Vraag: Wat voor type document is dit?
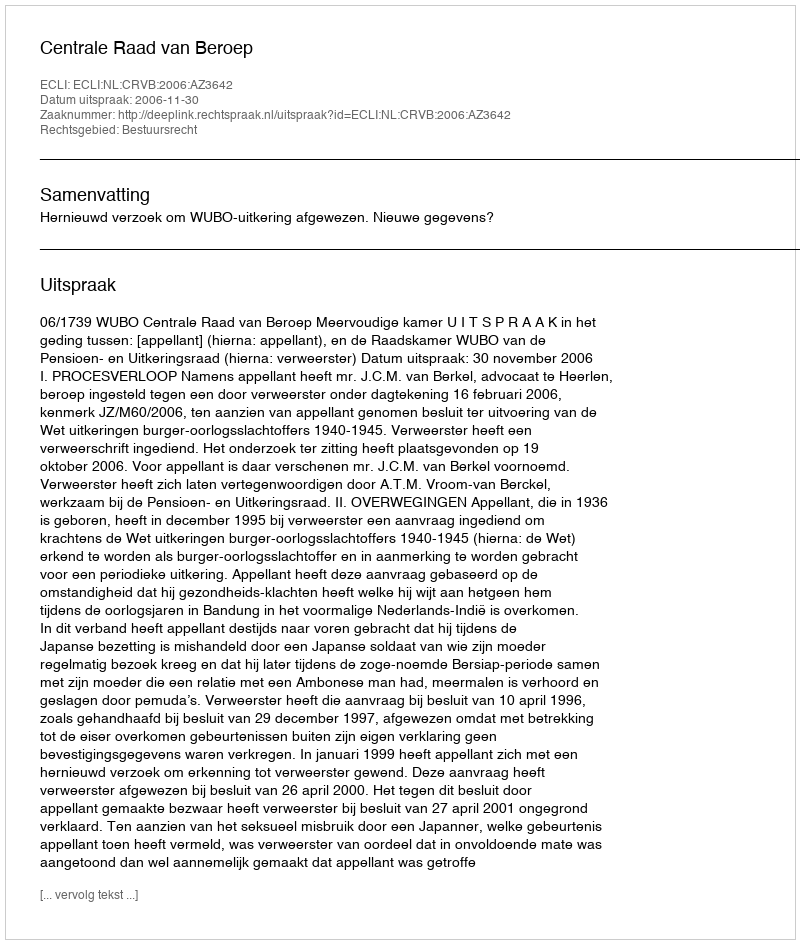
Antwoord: Uitspraak